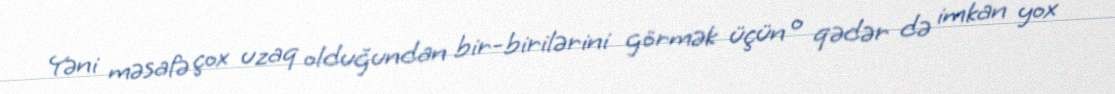
Yəni məsafə çox uzaq olduğundan bir-birilərini görmək üçün o qədər də imkan yox